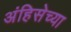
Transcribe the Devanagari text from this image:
अंहिसेच्या